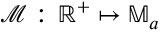
\mathcal { M } : \, \mathbb { R } ^ { + } \mapsto \mathbb { M } _ { a }